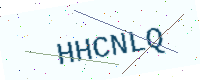
Text: HHCNLQ